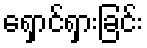
ရှောင်ရှားခြင်း